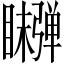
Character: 𬑫